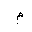
Letter: _mim